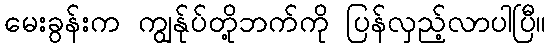
မေးခွန်းက ကျွန်ုပ်တို့ဘက်ကို ပြန်လှည့်လာပါပြီ။